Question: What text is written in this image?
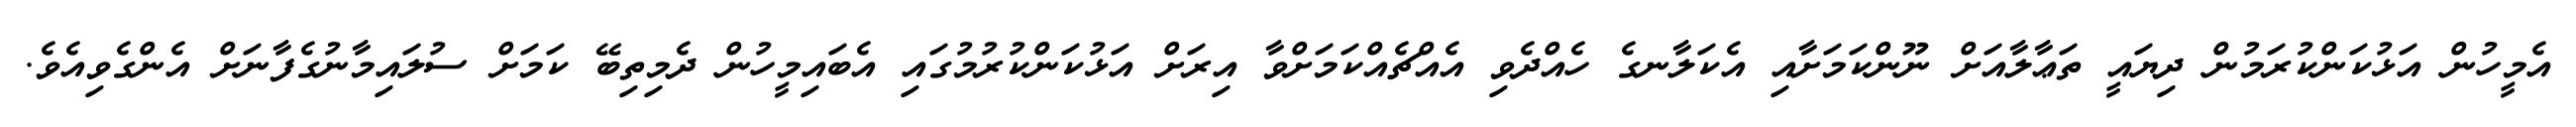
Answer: އެމީހުން އަޅުކަންކުރަމުން ދިޔައީ ތަޢާލާއަށް ނޫންކަމަށާއި އެކަލާނގެ ހެއްދެވި އެއްޗެއްކަމަށްވާ އިރަށް އަޅުކަންކުރުމުގައި އެބައިމީހުން ދެމިތިބޭ ކަމަށް ސުލައިމާނުގެފާނަށް އެންގެވިއެވެ.